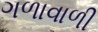
ગળાવાળી